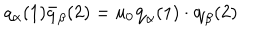
LaTeX: q _ { \alpha } ( 1 ) \bar { q } _ { \beta } ( 2 ) = u _ { 0 } { \bf q } _ { \alpha } ( 1 ) \cdot { \bf q } _ { \beta } ( 2 )